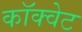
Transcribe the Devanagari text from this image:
कॉक्वेट